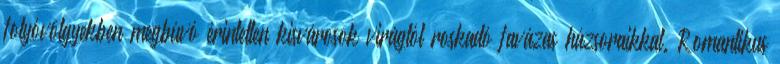
folyóvölgyekben megbúvó érintetlen kisvárosok virágtól roskadó favázas házsoraikkal. Romantikus